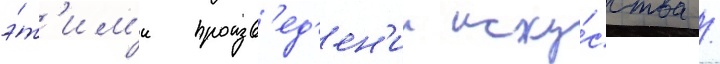
э́т'им'и произв'ед'ен'ии иску́сства /